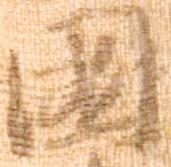
国